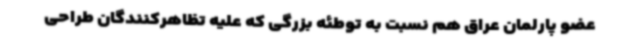
عضو پارلمان عراق هم نسبت به توطئه بزرگی که علیه تظاهرکنندگان طراحی